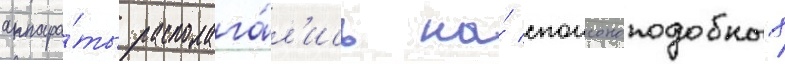
аппара́ты располага́л'ись на́ спонсоноподобных